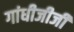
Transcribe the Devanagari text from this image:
गांधीजीजी